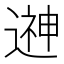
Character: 𨕫